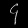
Digit: ၄